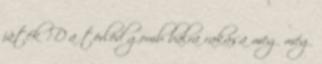
játék :D a törlöd gomb balra rakása meg még